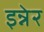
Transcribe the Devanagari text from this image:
इन्नेर